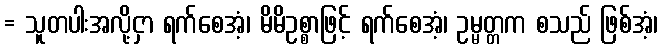
= သူတပါးအလို့ငှာ ရက်စေအံ့၊ မိမိဥစ္စာဖြင့် ရက်စေအံ့၊ ဥမ္မတ္တက စသည် ဖြစ်အံ့၊